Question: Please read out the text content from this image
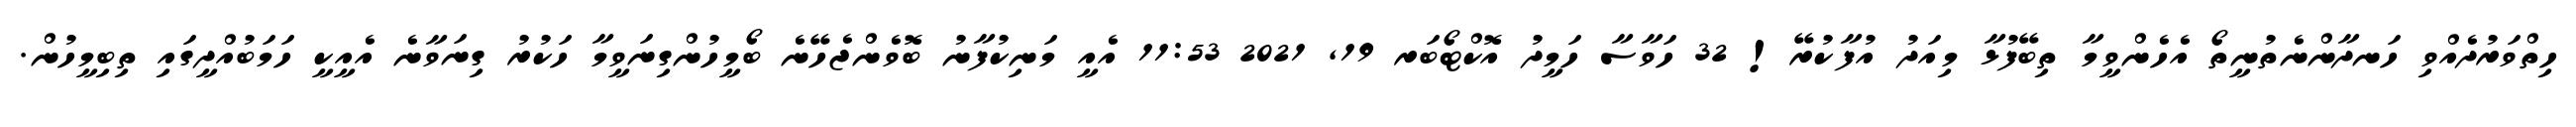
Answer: ހިތްވަރުދެއްވި ހަނދާންނެތުނީތޯ އެހެންވީމާ ތިބޭފުޅާ މިއަދު އުފާކުރޭ! 32 ހަވާސާ ހަމީދު އޮކްޓޯބަރ 19, 2021 11:53 އެއީ މަނިކުފާނު ބޮވެންޖެހޭނެ ބޯމީހުންގިނަވީމާ ހަކުރު ގިނަވާނެ އެއީކީ ހަމަބުއްދީގައި ތިބިމީހުން.